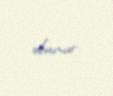
olunur.